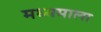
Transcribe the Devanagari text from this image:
मध्यमाला